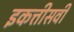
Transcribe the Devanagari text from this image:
इकत्तीसवी